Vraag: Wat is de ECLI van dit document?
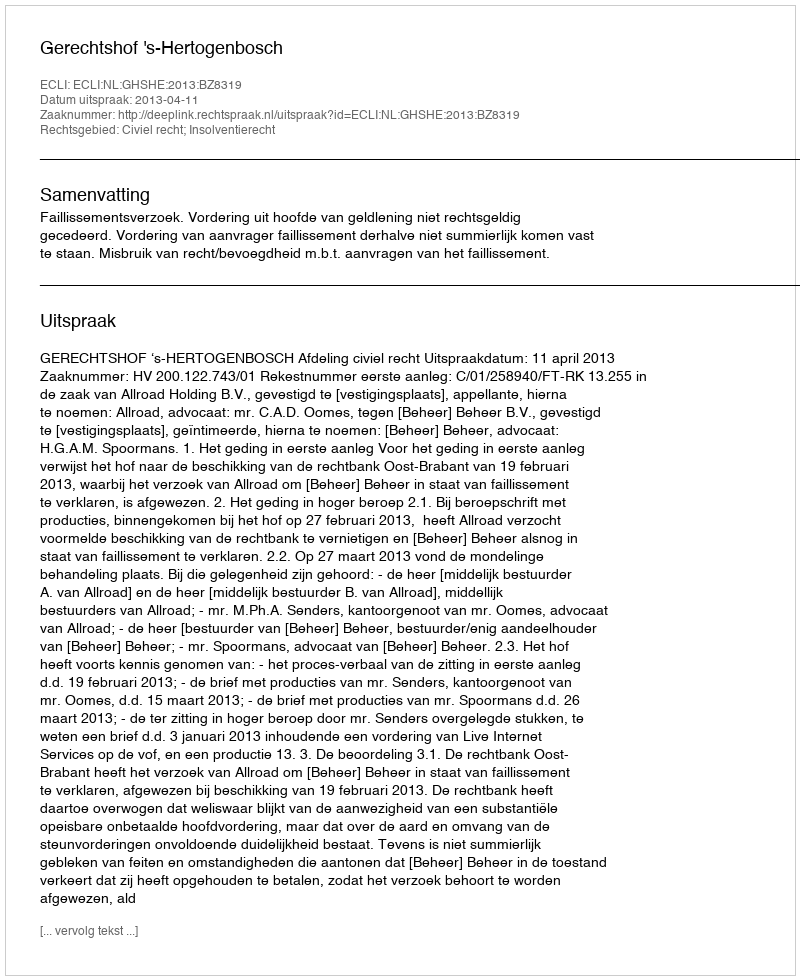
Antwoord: ECLI:NL:GHSHE:2013:BZ8319